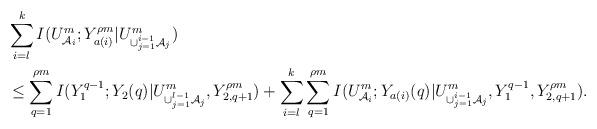
LaTeX: \begin{align*}&\sum\limits_{i=l}^kI(U^m_{\mathcal{A}_i};Y^{\rho m}_{a(i)}|U^m_{\cup_{j=1}^{i-1}\mathcal{A}_j})\\&\leq\sum\limits_{q=1}^{\rho m}I(Y^{q-1}_{1};Y_2(q)|U^m_{\cup_{j=1}^{l-1}\mathcal{A}_j},Y^{\rho m}_{2,q+1})+\sum\limits_{i=l}^k\sum\limits_{q=1}^{\rho m}I(U^m_{\mathcal{A}_i};Y_{a(i)}(q)|U^m_{\cup_{j=1}^{i-1}\mathcal{A}_j},Y^{q-1}_{1},Y^{\rho m}_{2,q+1}).\end{align*}